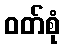
ဝတ်စုံ